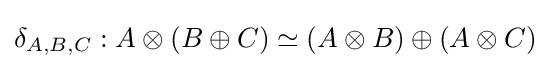
\delta _{A,B,C}:A\otimes (B\oplus C)\simeq (A\otimes B)\oplus (A\otimes C)